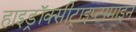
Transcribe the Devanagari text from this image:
हाइड्रॉक्सीट्राइप्टामाइन